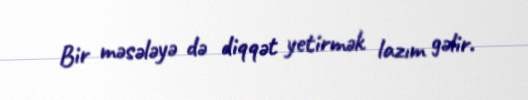
Bir məsələyə də diqqət yetirmək lazım gəlir.